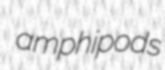
amphipods